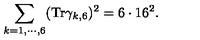
\sum _ { k = 1 , \cdots , 6 } ( \mathrm { T r } \gamma _ { k , 6 } ) ^ { 2 } = 6 \cdot 1 6 ^ { 2 } .